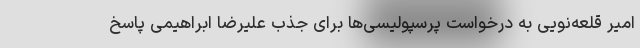
امیر قلعه‌نویی به درخواست پرسپولیسی‌ها برای جذب علیرضا ابراهیمی پاسخ